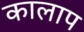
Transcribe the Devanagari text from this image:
कालाप